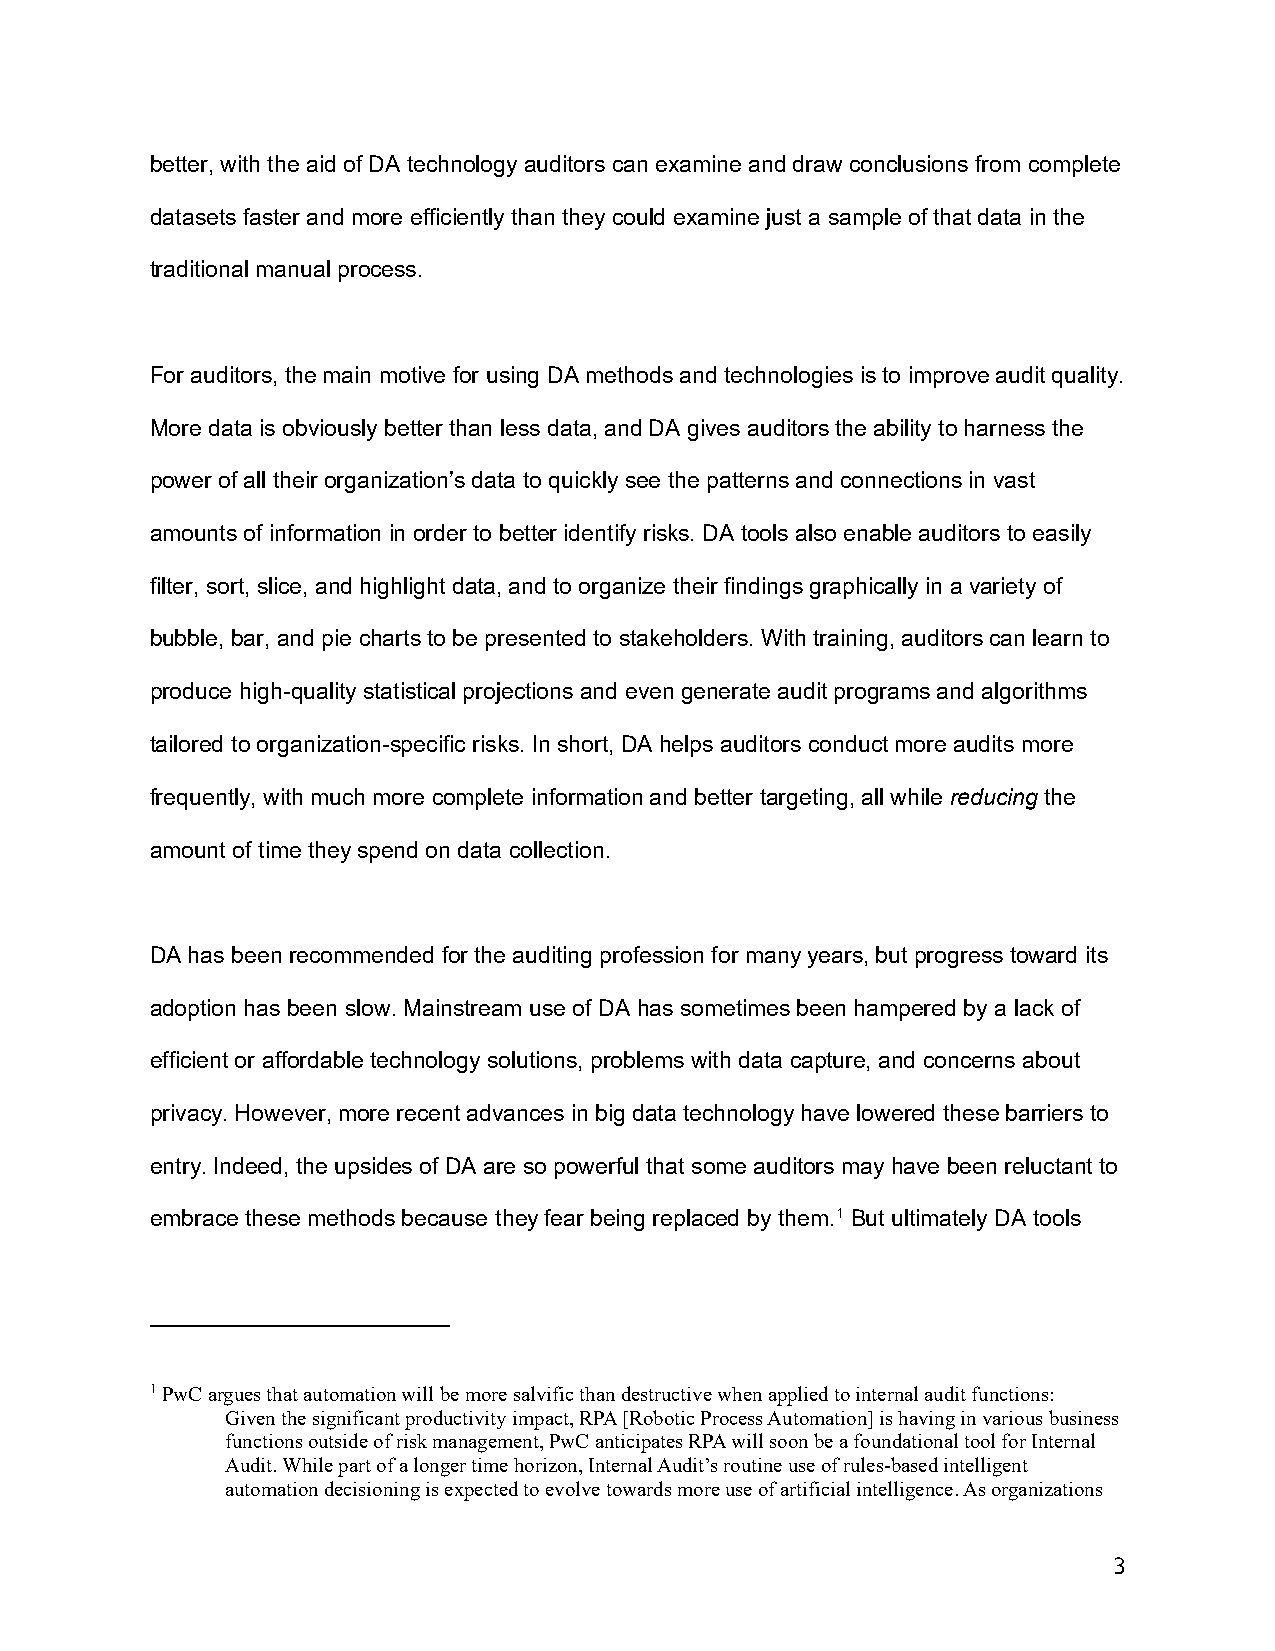
better, with the aid of DA technology auditors can examine and draw conclusions from complete
 datasets faster and more efficiently than they could examine just a sample of that data in the
 traditional manual process.
 For auditors, the main motive for using DA methods and technologies is to improve audit quality.
 More data is obviously better than less data, and DA gives auditors the ability to harness the
 power of all their organization’s data to quickly see the patterns and connections in vast
 amounts of information in order to better identify risks. DA tools also enable auditors to easily
 filter, sort, slice, and highlight data, and to organize their findings graphically in a variety of
 bubble, bar, and pie charts to be presented to stakeholders. With training, auditors can learn to
 produce high-quality statistical projections and even generate audit programs and algorithms
 tailored to organization-specific risks. In short, DA helps auditors conduct more audits more
 frequently, with much more complete information and better targeting, all while reducing the
 amount of time they spend on data collection.
 DA has been recommended for the auditing profession for many years, but progress toward its
 adoption has been slow. Mainstream use of DA has sometimes been hampered by a lack of
 efficient or affordable technology solutions, problems with data capture, and concerns about
 privacy. However, more recent advances in big data technology have lowered these barriers to
 entry. Indeed, the upsides of DA are so powerful that some auditors may have been reluctant to
 embrace these methods because they fear being replaced by them.1 But ultimately DA tools
 1 PwC argues that automation will be more salvific than destructive when applied to internal audit functions:
 Given the significant productivity impact, RPA [Robotic Process Automation] is having in various business
 functions outside of risk management, PwC anticipates RPA will soon be a foundational tool for Internal
 Audit. While part of a longer time horizon, Internal Audit’s routine use of rules-based intelligent
 automation decisioning is expected to evolve towards more use of artificial intelligence. As organizations
 3